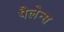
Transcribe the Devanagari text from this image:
पैलेन्स